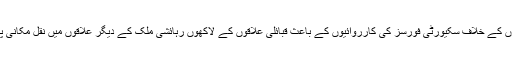
ایک طویل عرصے تک شورش پسندی اور دہشت گردی کا شکار رہنے اور عسکریت پسندوں کے خلاف سکیورٹی فورسز کی کارروائیوں کے باعث قبائلی علاقوں کے لاکھوں رہائشی ملک کے دیگر علاقوں میں نقل مکانی پر مجبور ہوئے تھے جن میں سے بہت سے خاندان بتدریج اپنے علاقوں میں واپس آرہے ہیں۔